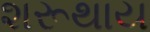
શરૂથાય